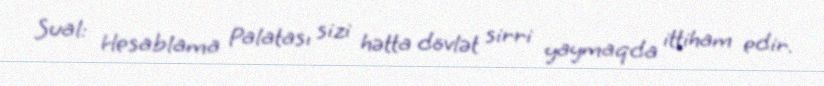
Sual: Hesablama Palatası sizi hətta dövlət sirri yaymaqda ittiham edir.